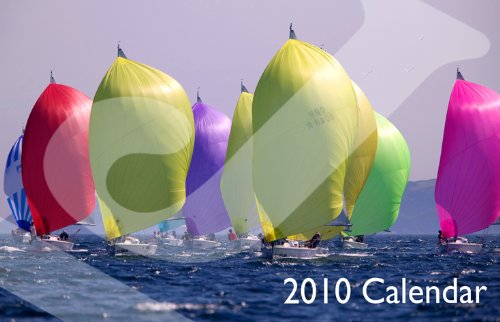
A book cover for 2010 J Sailing Calendar; J/Boats Inc.; Calendars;